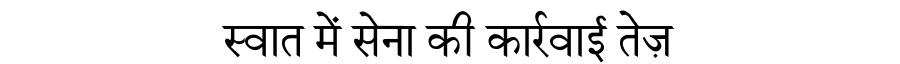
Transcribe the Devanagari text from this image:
स्वात में सेना की कार्रवाई तेज़